Report on malaria in the Punjab during the year ...  together with an account of the work of the Punjab Malaria Bureau - Volume 5
Disease focus: Malaria
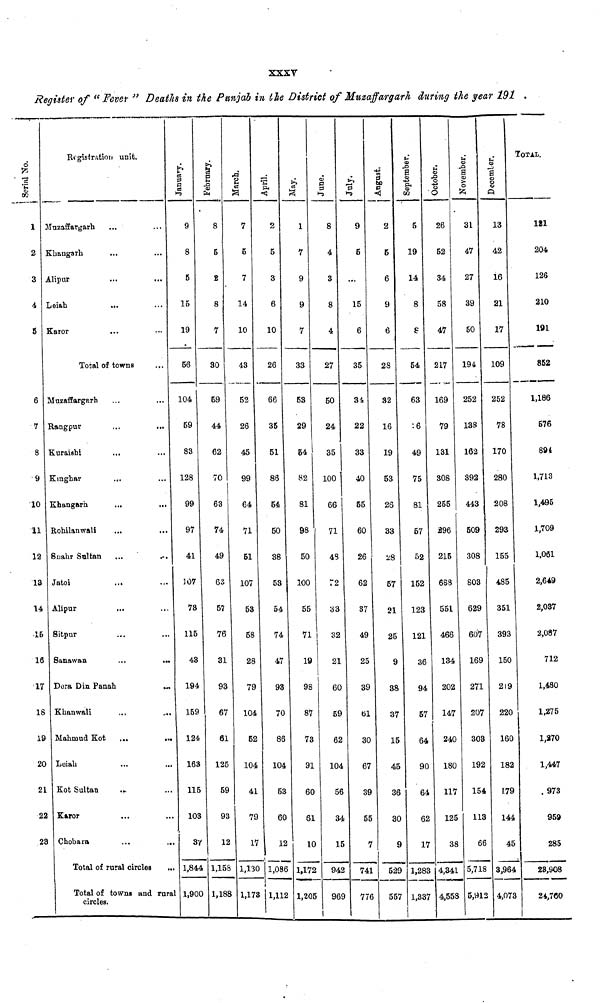
XXXV
Register of "Fever " Deaths in the Punjab in the District of Mnzaffargarh during the year 191 .
6
1
2
3
4
Registration unit.
Muzaffargarh
Khangarh
Alipur
Leiah
...
8 Karor
Total of towns
6 Muzaffargarh
7 Rangpur
8 Kuraishi
9 Kinghar
10 Khangarh
11 Rohilanwali
12 Suahr Sultan
13 Jatoi
14 Alipur
...
15 Sitpur
16 Sanawan
...
...
17 Dora Din Panah
18 Khanwali
19 Mahmud Kot
20 Leiah
21 Kot Sultan
...
22 Karor
23 Chobara
Total of rural circles ...
Total of towns and rural
circles.
January.
9
8
5
15
19
56
104
59
83
128
99
97
41
107
73
115
43
194
159
124
163
115
10S
37
1,844
1,900
February.
8
5
2
8
7
30
69
44
62
70
63
74
49
63
57
76
31
93
67
61
125
59
93
12
1 l,158
1,118
March.
7
5
7
14
10
43
52
26
45
99
64
71
51
107
53
58
28
79
104
52
104
41
7S
17
1,158
1,173
April.
2
5
3
6
10
26
66
35
51
86
54
50
38
53
54
74
47
93
70
86
104
53
6C
12
l,086
1,112
May.
1
7
9
9
7
33
53
29
54
82
81
98
50
100
55
71
19
98
87
73
91
60
61
10
3 1,172
2 1,20
June.
8
4
3
8
4
27
50
24
35
100
66
71
48
72
33
32
21
60
59
62
104
56
34
15
94
5
96
9
5
...
15
6
35
31
22
33
40
55
60
26
62
37
49
25
39
61
30
67
39
55
7
74
77
2
5
6
9
6
28
32
16
19
53
26
33
28
57
21
25
9
38
37
15
45
36
30
7 9
L 529
3
557
September.
5
19
14
8
8
54
63
16
49
75
81
57
52
152
123
121
36
94
57
64
90
64
62
17
1,183
1 l,337
October,
26
52
34
58
47
217
169
79
131
308
255
296
215
688
551
466
134
202
147
240
180
117
125
38
4,341
4,558
November.
31
47
27
39
50
194
252
138
162
392
443
509
308
803
629
607
169
271
207
303
192
154
113
66
5,718
5,912
December.
13
42
16
21
17
109
252
78
170
280
208
293
155
485
351
393
150
219
220
160
182
179
\ 144
45
5 ,718
2,4,07
TOTAL.
121
204
126
210
191
852
1,186
576
894
1,713
1,495
1,709
1,061
2,649
2,037
2,087
712
1,480
1,275
1,370
1,447
973
959
285
23,908
3
24,760